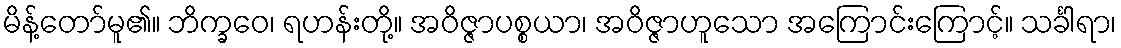
မိန့်တော်မူ၏။ ဘိက္ခဝေ၊ ရဟန်းတို့။ အဝိဇ္ဇာပစ္စယာ၊ အဝိဇ္ဇာဟူသော အကြောင်းကြောင့်။ သင်္ခါရာ၊